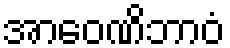
အာဝေဏိဘာဝံ